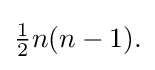
{\textstyle {\frac {1}{2}}n(n-1).}